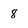
Character: 8